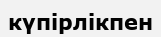
күпірлікпен